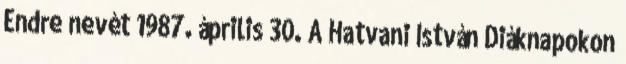
Endre nevét 1987. április 30. A Hatvani István Diáknapokon